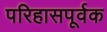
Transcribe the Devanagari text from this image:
परिहासपूर्वक